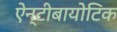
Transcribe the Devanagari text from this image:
ऐन्टीबायोटिक